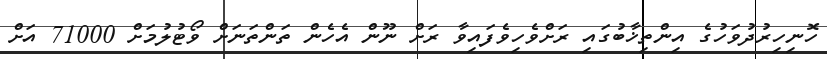
ހޮނިހިރުދުވަހުގެ އިންތިޚާބުގައި ރަށްވެހިވެފައިވާ ރަށް ނޫން އެހެން ތަންތަނަށް ވޯޓުލުމަށް 71000 އަށް